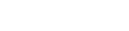
.